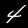
Digit: 4